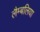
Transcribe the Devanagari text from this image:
लैम्बलिया